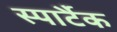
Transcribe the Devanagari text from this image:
स्पार्टैक